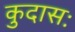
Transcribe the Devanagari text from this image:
कुदासः